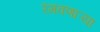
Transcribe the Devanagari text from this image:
रंगवणाऱ्या